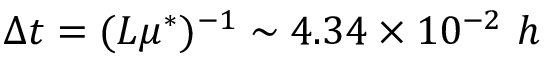
\Delta t = ( L \mu ^ { * } ) ^ { - 1 } \sim 4 . 3 4 \times 1 0 ^ { - 2 } \ h